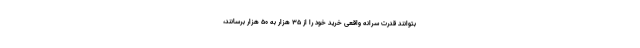
بتوانند قدرت سرانه واقعی خرید خود را از ۳۵ هزار به ۵۰ هزار برسانند،